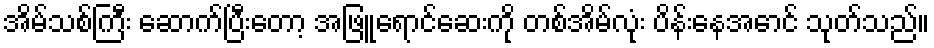
အိမ်သစ်ကြီး ဆောက်ပြီးတော့ အဖြူရောင်ဆေးကို တစ်အိမ်လုံး ပိန်းနေအောင် သုတ်သည်။